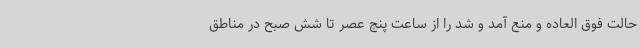
حالت فوق العاده و منع آمد و شد را از ساعت پنج عصر تا شش صبح در مناطق